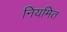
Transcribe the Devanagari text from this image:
नियमित